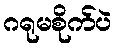
ဂရုမစိုက်ပဲ